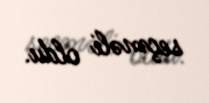
seçməli oldu.